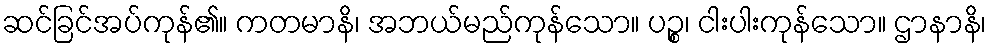
ဆင်ခြင်အပ်ကုန်၏။ ကတမာနိ၊ အဘယ်မည်ကုန်သော။ ပဉ္စ၊ ငါးပါးကုန်သော။ ဌာနာနိ၊